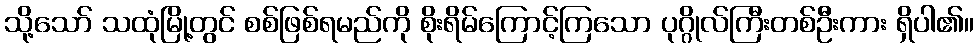
သို့သော် သထုံမြို့တွင် စစ်ဖြစ်ရမည်ကို စိုးရိမ်ကြောင့်ကြသော ပုဂ္ဂိုလ်ကြီးတစ်ဦးကား ရှိပါ၏။